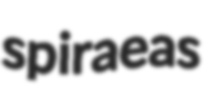
spiraeas